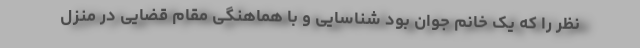
نظر را که یک خانم جوان بود شناسایی و با هماهنگی مقام قضایی در منزل